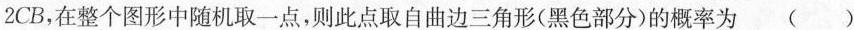
2 C B$$，在整个图形中随机取一点，则此点取自曲边三角形(黑色部分)的概率为 ( )